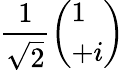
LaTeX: {\frac{1}{\sqrt{2}}}{\left(\begin{array}{l}{1}\\ {+i}\end{array}\right)}